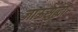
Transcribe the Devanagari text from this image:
जाऊसुद्धा